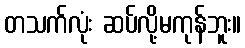
တသက်လုံး ဆပ်လို့မကုန်ဘူး။